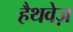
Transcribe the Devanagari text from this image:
हैथवेज़